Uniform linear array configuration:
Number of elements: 16
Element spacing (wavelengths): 0.5
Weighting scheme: kaiser
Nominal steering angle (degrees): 45
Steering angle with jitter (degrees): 46.012
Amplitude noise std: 0.05
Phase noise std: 0.05

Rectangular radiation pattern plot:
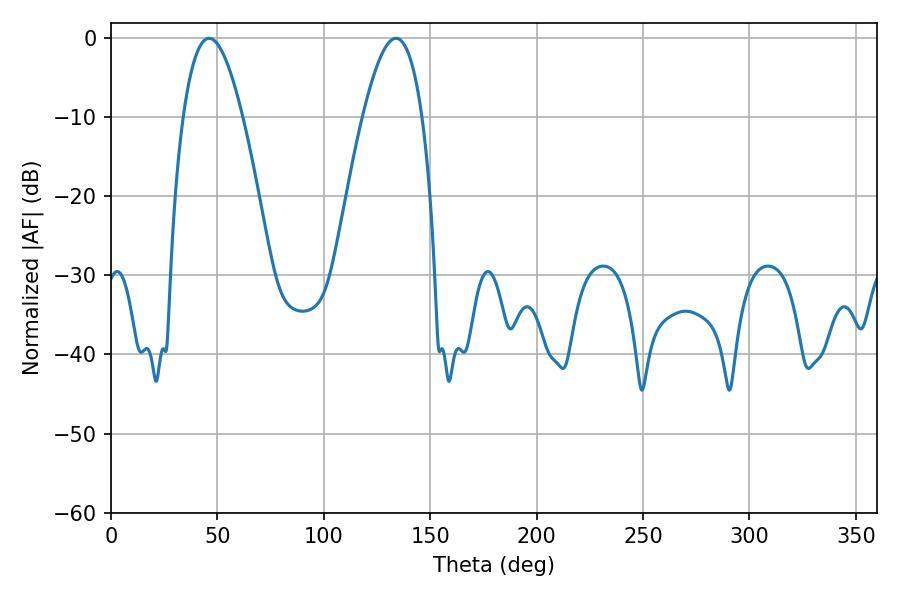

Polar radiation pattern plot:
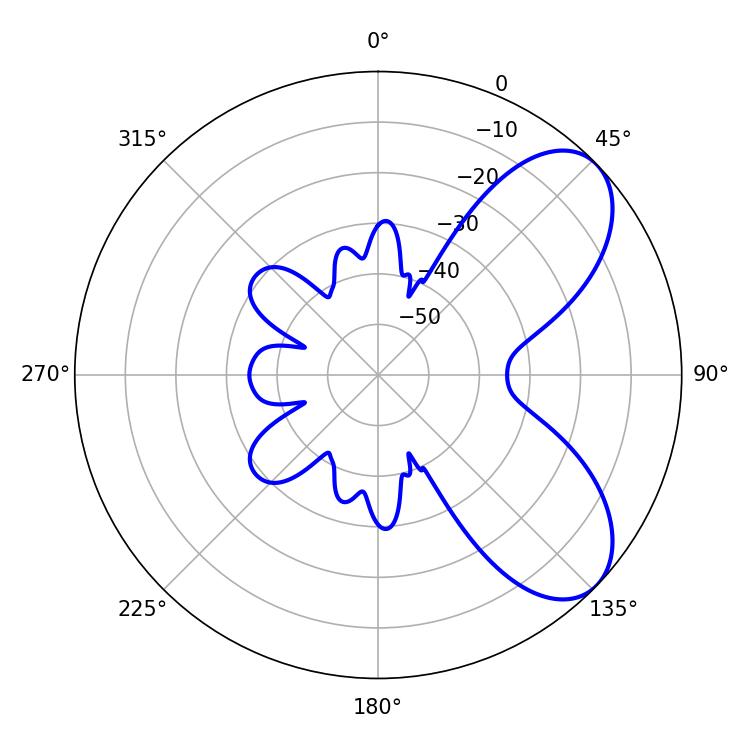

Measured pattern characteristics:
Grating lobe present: FALSE
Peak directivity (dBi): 6.8
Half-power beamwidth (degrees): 15.12
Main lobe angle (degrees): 46.08